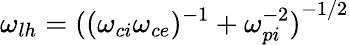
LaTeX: \omega_{lh}={((\omega_{ci}\omega_{ce})^{-1}+\omega_{pi}^{-2})}^{-1/2}